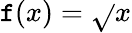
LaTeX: \mathtt{f}(x)={\sqrt{}{{x}}}